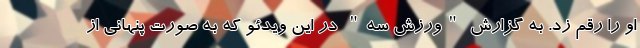
او را رقم زد. به گزارش "ورزش سه" در این ویدئو که به صورت پنهانی از